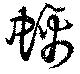
螭